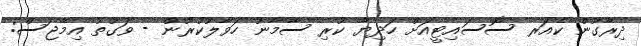
ދިރާގުން ކެއަރ ސޮސައިޓީއަށް ހަދިޔާ ކުރި ސާމާނު ހަވާލުކުރުން - ވަގުތު އިމޭޖަސް: